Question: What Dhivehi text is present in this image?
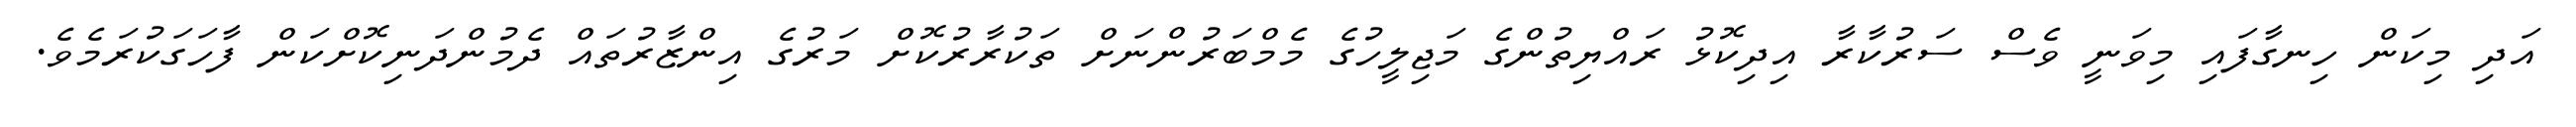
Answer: އަދި މިކަން ހިނގާފައި މިވަނީ ވެސް ސަރުކާރާ އިދިކޮޅު ރައްޔިތުންގެ މަޖިލީހުގެ މެމްބަރުންނަށް ތަކުރާރުކޮށް މަރުގެ އިންޒާރުތައް ދެމުންދަނިކޮށްކަން ފާހަގަކުރަމެވެ.